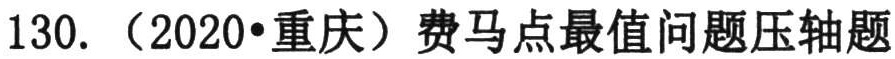
130.（2020•重庆）费马点最值问题压轴题